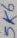
Text: 5K6